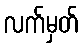
လက်မှတ်